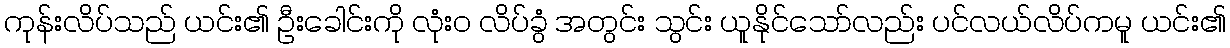
ကုန်းလိပ်သည် ယင်း၏ ဦးခေါင်းကို လုံးဝ လိပ်ခွံ အတွင်း သွင်း ယူနိုင်သော်လည်း ပင်လယ်လိပ်ကမူ ယင်း၏